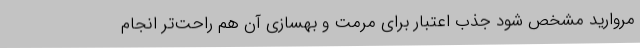
مروارید مشخص شود جذب اعتبار برای مرمت و بهسازی آن هم راحت‌تر انجام